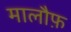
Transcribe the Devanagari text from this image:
मालौफ़